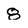
Character: 8